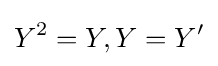
Y^{2}=Y,Y=Y'